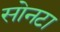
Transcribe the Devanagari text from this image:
सोनटा